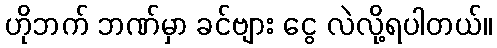
ဟိုဘက် ဘဏ်မှာ ခင်ဗျား ငွေ လဲလို့ရပါတယ်။